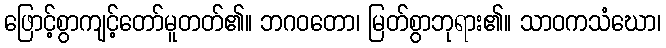
ဖြောင့်စွာကျင့်တော်မူတတ်၏။ ဘဂဝတော၊ မြတ်စွာဘုရား၏။ သာဝကသံဃော၊